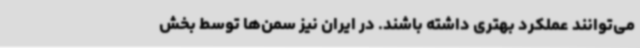
می‌توانند عملکرد بهتری داشته ‌باشند. در ایران نیز سمن‌ها توسط بخش